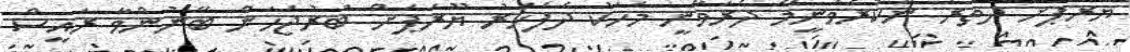
ޔޫރަޕަށް ދަތުރު ނުކުރެވުނީމާ ދެރަވާނީ މަހަކު ދެފަހަރު ޔޫރަޕަށް ބުރުޖަހަން ބޭނުންވާ ރައީސް